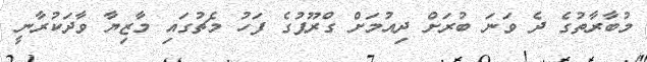
މުބާރާތުގެ ދެ ވަނަ ބުރަށް ދިއުމަށް ގްރޫޕުގެ ފަހު މެޗުގައި މާޒިޔާ ވާދަކުރާނީ